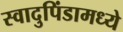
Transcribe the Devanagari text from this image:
स्वादुपिंडामध्ये